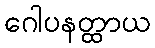
ဂေါပနတ္ထာယ